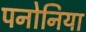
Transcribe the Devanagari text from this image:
पनोनिया